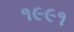
૧૯૯૧